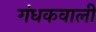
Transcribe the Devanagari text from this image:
गंधकवाली